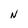
Character: N